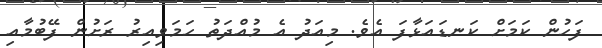
ފަހުން ކަމަށް ކަނޑައަޅާފަ އެވެ. މިއަދު އެ މުއްދަތު ހަމަވިއިރު ރަށުން ފޭބުމާއި